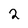
Character: 2